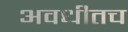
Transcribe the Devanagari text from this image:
अवधीतच